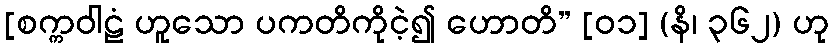
[စက္ကဝါဠံ ဟူသော ပကတိကိုငဲ့၍ ဟောတိ” [၀၁] (နိ၊ ၃၆၂) ဟု